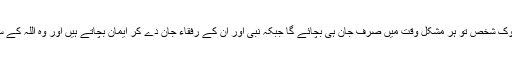
کیونکہ اسی طرح کا ڈر پوک شخص تو ہر مشکل وقت میں صرف جان ہی بچائے گا جبکہ نبی اور ان کے رفقاء جان دے کر ایمان بچاتے ہیں اور وہ اللہ کے سوا کسی سے نہیں ڈرتے ۔